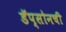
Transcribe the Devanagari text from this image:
डॅप्सोनची